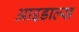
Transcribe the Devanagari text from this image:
आइडाल्स